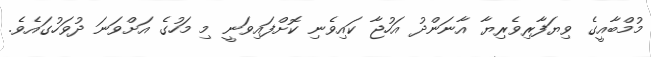
މުމްބާއީގެ ވިޔަފާރިވެރިޔާ އާނަންދު އަހުޖާ ކައިވެނި ކޮށްފައިވަނީ މި މަހުގެ އަށްވަނަ ދުވަހުގައެވެ.